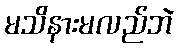
မသိနားမလည်ဘဲ